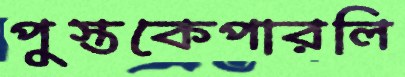
পুস্তকেপারলি